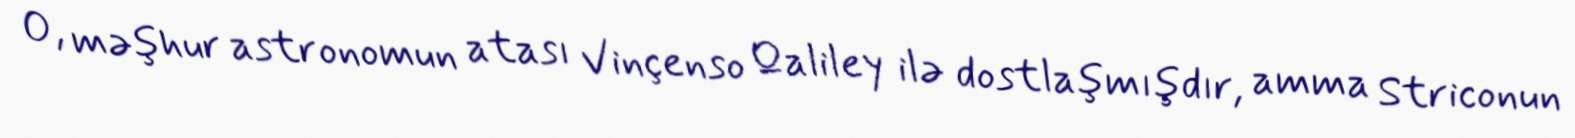
O, məşhur astronomun atası Vinçenso Qaliley ilə dostlaşmışdır, amma Striconun